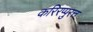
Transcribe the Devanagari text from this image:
करिरप्पुरत्त